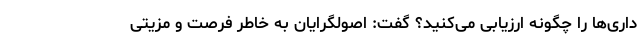
داری‌ها را چگونه ارزیابی می‌کنید؟ گفت: اصولگرایان به خاطر فرصت و مزیتی